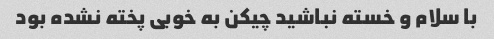
با سلام و خسته نباشید چیکن به خوبی پخته نشده بود